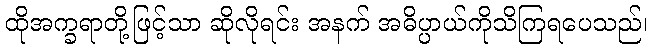
ထိုအက္ခရာတို့ဖြင့်သာ ဆိုလိုရင်း အနက် အဓိပ္ပာယ်ကိုသိကြရပေသည်၊